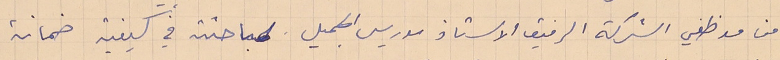
من موظفي الشركة الرفيق الاستاذ موريس الجميل لمباحثته في كيفية ضمانة